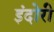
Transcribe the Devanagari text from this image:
इंदोरी